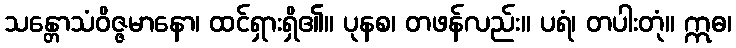
သန္တောသံဝိဇ္ဇမာနော၊ ထင်ရှားရှိ၏။ ပုနစ၊ တဖန်လည်း။ ပရံ၊ တပါးတုံ။ ဣဓ၊